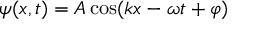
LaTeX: \psi ( x , t ) = A \cos ( k x - \omega t + \varphi )